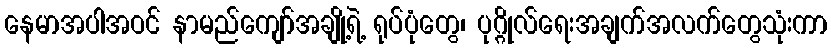
နေမာအပါအဝင် နာမည်ကျော်အချို့ရဲ့ ရုပ်ပုံတွေ၊ ပုဂ္ဂိုလ်ရေးအချက်အလက်တွေသုံးကာ